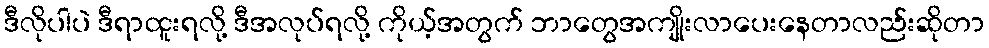
ဒီလိုပါပဲ ဒီရာထူးရလို့ ဒီအလုပ်ရလို့ ကိုယ့်အတွက် ဘာတွေအကျိုးလာပေးနေတာလည်းဆိုတာ